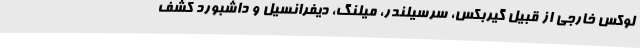
لوکس خارجی از قبیل گیربکس، سرسیلندر، میلنگ، دیفرانسیل و داشبورد کشف